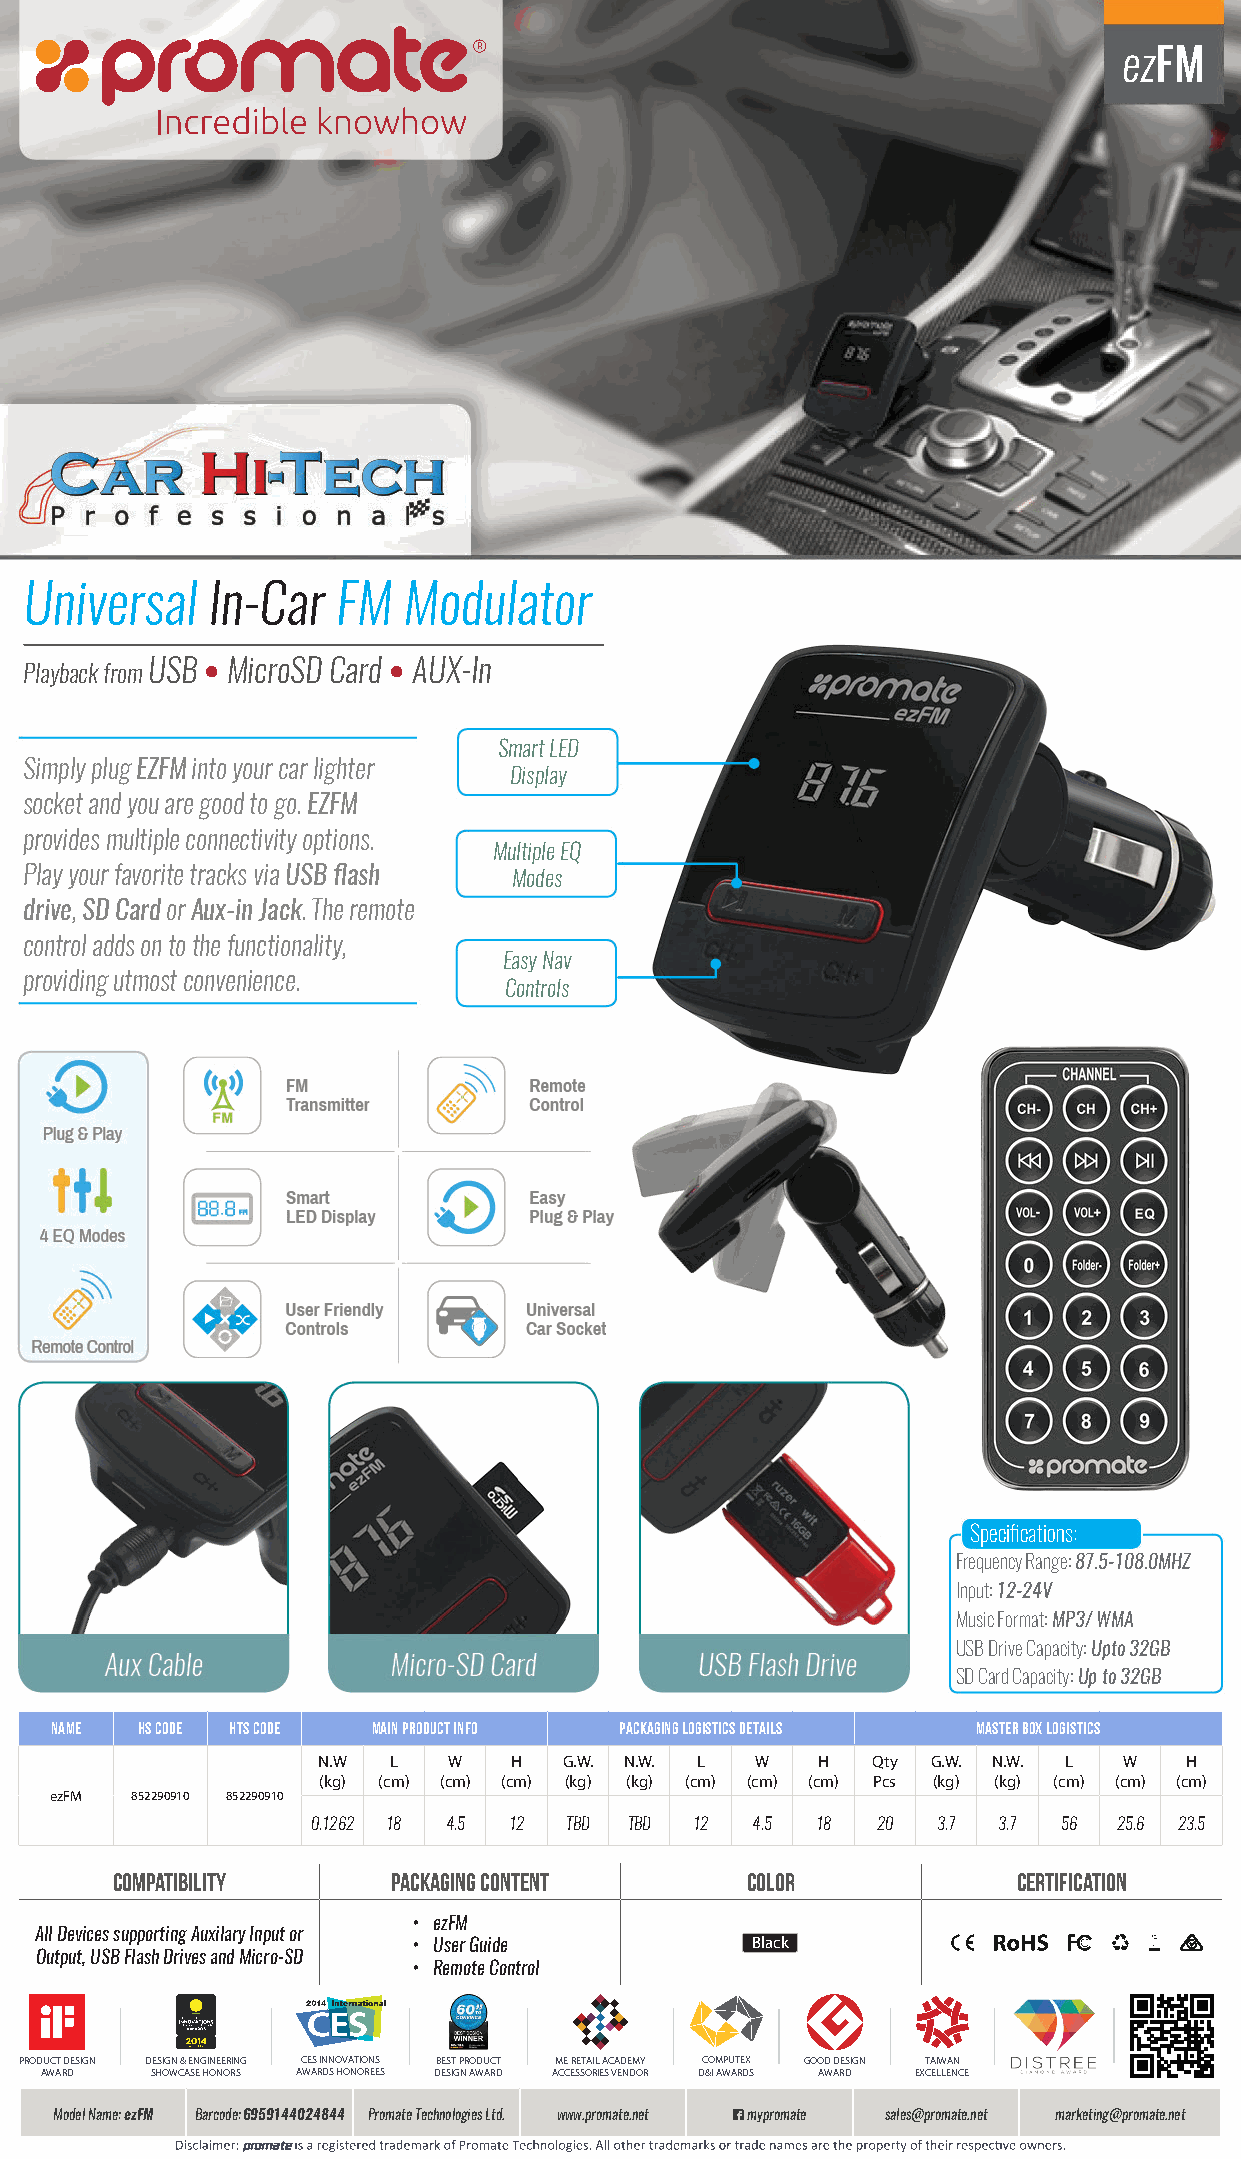
ezFM
 Universal   In-Car  FM   Modulator
 Playback from USB • MicroSD Card • AUX-In
 Smart LED
 Simply plug EZFM into your car lighter
 Display
 socket and you are good to go. EZFM
 provides multiple connectivity options.
 Multiple EQ
 Play your favorite tracks via USB flash Modes
 drive, SD Card or Aux-in Jack. The remote
 control adds on to the functionality,
 Easy Nav
 providing utmost convenience.
 Controls
 Specifications:
 Frequency Range: 87.5-108.0MHZ
 Input: 12-24V
 Music Format: MP3/ WMA
 USB Drive Capacity: Upto 32GB
 SD Card Capacity: Up to 32GB
 Name  HS Code HTS Code Main Product Info Packaging Logistics Details Master Box Logistics
 N.W  L   W   H  G.W. N.W. L  W   H   Qty G.W. N.W. L W   H
 (kg) (cm) (cm) (cm) (kg) (kg) (cm) (cm) (cm) Pcs (kg) (kg) (cm) (cm) (cm)
 ezFM  852290910 852290910
 0.1262 18 4.5 12 TBD TBD 12  4.5 18  20  3.7 3.7 56  25.6 23.5
 Compatibility      packaging content      Color             certification
 • ezFM
 All Devices supporting Auxilary Input or
 • User Guide           Black
 Output, USB Flash Drives and Micro-SD
 • Remote Control
 PRODUCT DESIGN DESIGN & ENGINEERING CES INNOVATIONS BEST PRODUCT ME RETAIL ACADEMY COMPUTEX GOOD DESIGN TAIWAN
 AWARD  SHOWCASE HONORS AWARDS HONOREES DESIGN AWARD ACCESSORIES VENDOR D&I AWARDS AWARD EXCELLENCE
 Model Name: ezFM Barcode: 6959144024844 Promate Technologies Ltd. www.promate.net mypromate sales@promate.net marketing@promate.net